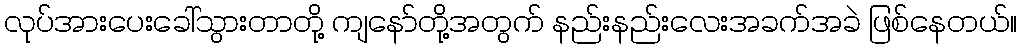
လုပ်အားပေးခေါ်သွားတာတို့ ကျနော်တို့အတွက် နည်းနည်းလေးအခက်အခဲ ဖြစ်နေတယ်။